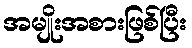
အမျိုးအစားဖြစ်ပြီး